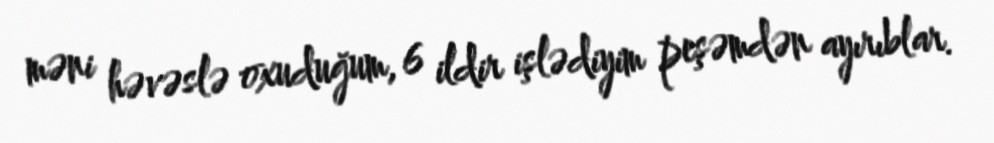
məni həvəslə oxuduğum, 6 ildir işlədiyim peşəmdən ayırıblar.